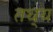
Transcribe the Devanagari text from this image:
तथ्‌य